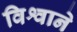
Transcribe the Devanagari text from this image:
विश्वाने